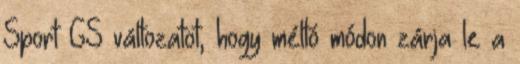
Sport GS változatot, hogy méltó módon zárja le a